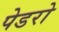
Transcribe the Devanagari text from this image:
पेडरो